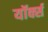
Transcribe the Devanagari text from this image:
यॉर्क्स